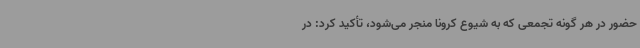
حضور در هر گونه تجمعی که به شیوع کرونا منجر می‌شود، تأکید کرد: در